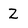
Character: Z